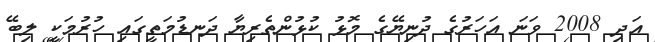
އަދި 2008 ވަނަ އަހަރުގެ ދުނިޔޭގެ މޮޅު ކުޅުންތެރިޔާ ދަނޑުމަތީގައި ހުރުމަކީ ލިބޭ